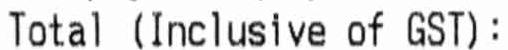
TOTAL (INCLUSIVE OF GST):